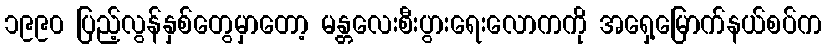
၁၉၉၀ ပြည့်လွန်နှစ်တွေမှာတော့ မန္တလေးစီးပွားရေးလောကကို အရှေ့မြောက်နယ်စပ်က